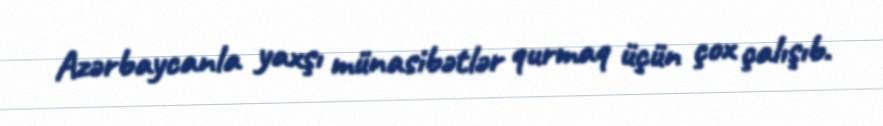
Azərbaycanla yaxşı münasibətlər qurmaq üçün çox çalışıb.